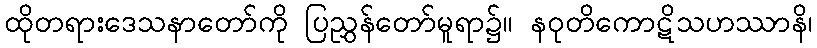
ထိုတရားဒေသနာတော်ကို ပြညွှန်တော်မူရာ၌။ နဝုတိကောဋိသဟဿာနိ၊